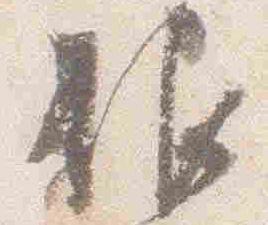
服